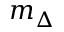
m _ { \Delta }